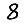
Digit: 8